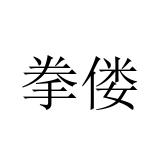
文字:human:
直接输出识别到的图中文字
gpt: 拳偻